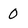
Character: 0